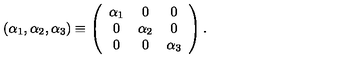
( \alpha _ { 1 } , \alpha _ { 2 } , \alpha _ { 3 } ) \equiv \left( \begin{array} { c c c } { \alpha _ { 1 } } & { 0 } & { 0 } \\ { 0 } & { \alpha _ { 2 } } & { 0 } \\ { 0 } & { 0 } & { \alpha _ { 3 } } \\ \end{array} \right) . \,